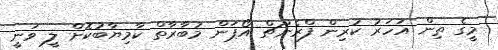
މީގެ ތިން އަހަރު ކުރިން ފްރެންޗް އޯޕަން މުބާރާތް ކާމިޔާބުކޮށް ލީ ވަނީ